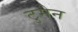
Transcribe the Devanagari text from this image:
टुमेन